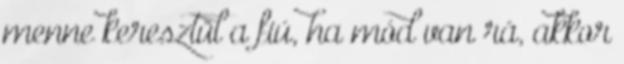
menne keresztül a fiú, ha mód van rá, akkor